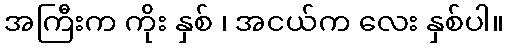
အကြီးက ကိုး နှစ် ၊ အငယ်က လေး နှစ်ပါ။